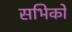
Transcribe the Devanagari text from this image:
सभिको